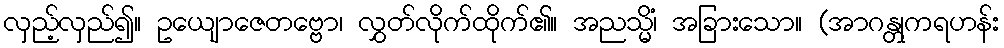
လှည့်လှည်၍။ ဥယျောဇေတဗ္ဗော၊ လွှတ်လိုက်ထိုက်၏။ အညသ္မိံ၊ အခြားသော။ (အာဂန္တုကရဟန်း